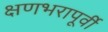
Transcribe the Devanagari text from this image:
क्षणभरापूर्वी